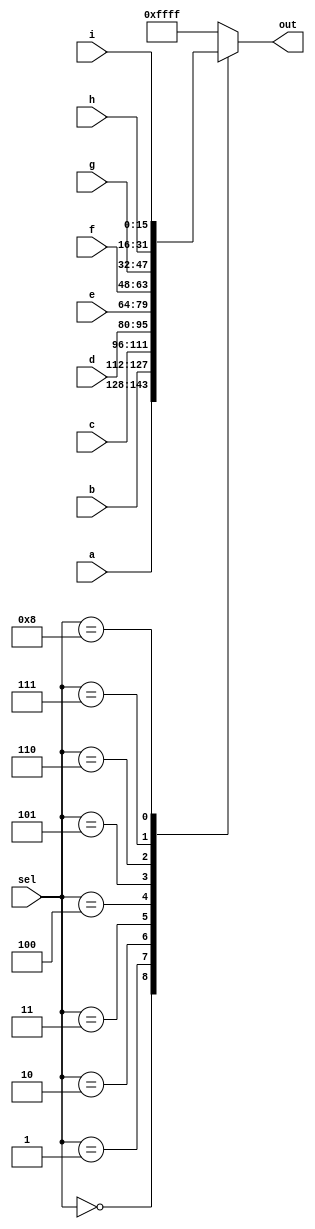
module top_module( 
    input [15:0] a, b, c, d, e, f, g, h, i,
    input [3:0] sel,
    output [15:0] out );
    
    always @(*)begin            // comb ckt so * is used in sensitivity list
        case(sel)
            4'd0: out = a;
            4'd1: out = b;
            4'd2: out = c;
            4'd3: out = d;
            4'd4: out = e;
            4'd5: out = f;
            4'd6: out = g;
            4'd7: out = h;
            4'd8: out = i;
            default:
                out = {16{1'b1}};
        endcase
    end

endmodule